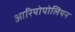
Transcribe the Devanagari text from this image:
आरियोपोलियन